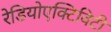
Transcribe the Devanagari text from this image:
रेडियोएक्टिविटी